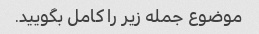
موضوع جمله زیر را کامل بگویید.